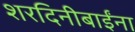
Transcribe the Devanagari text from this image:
शरदिनीबाईंना